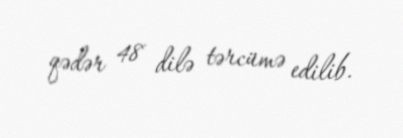
qədər 48 dilə tərcümə edilib.